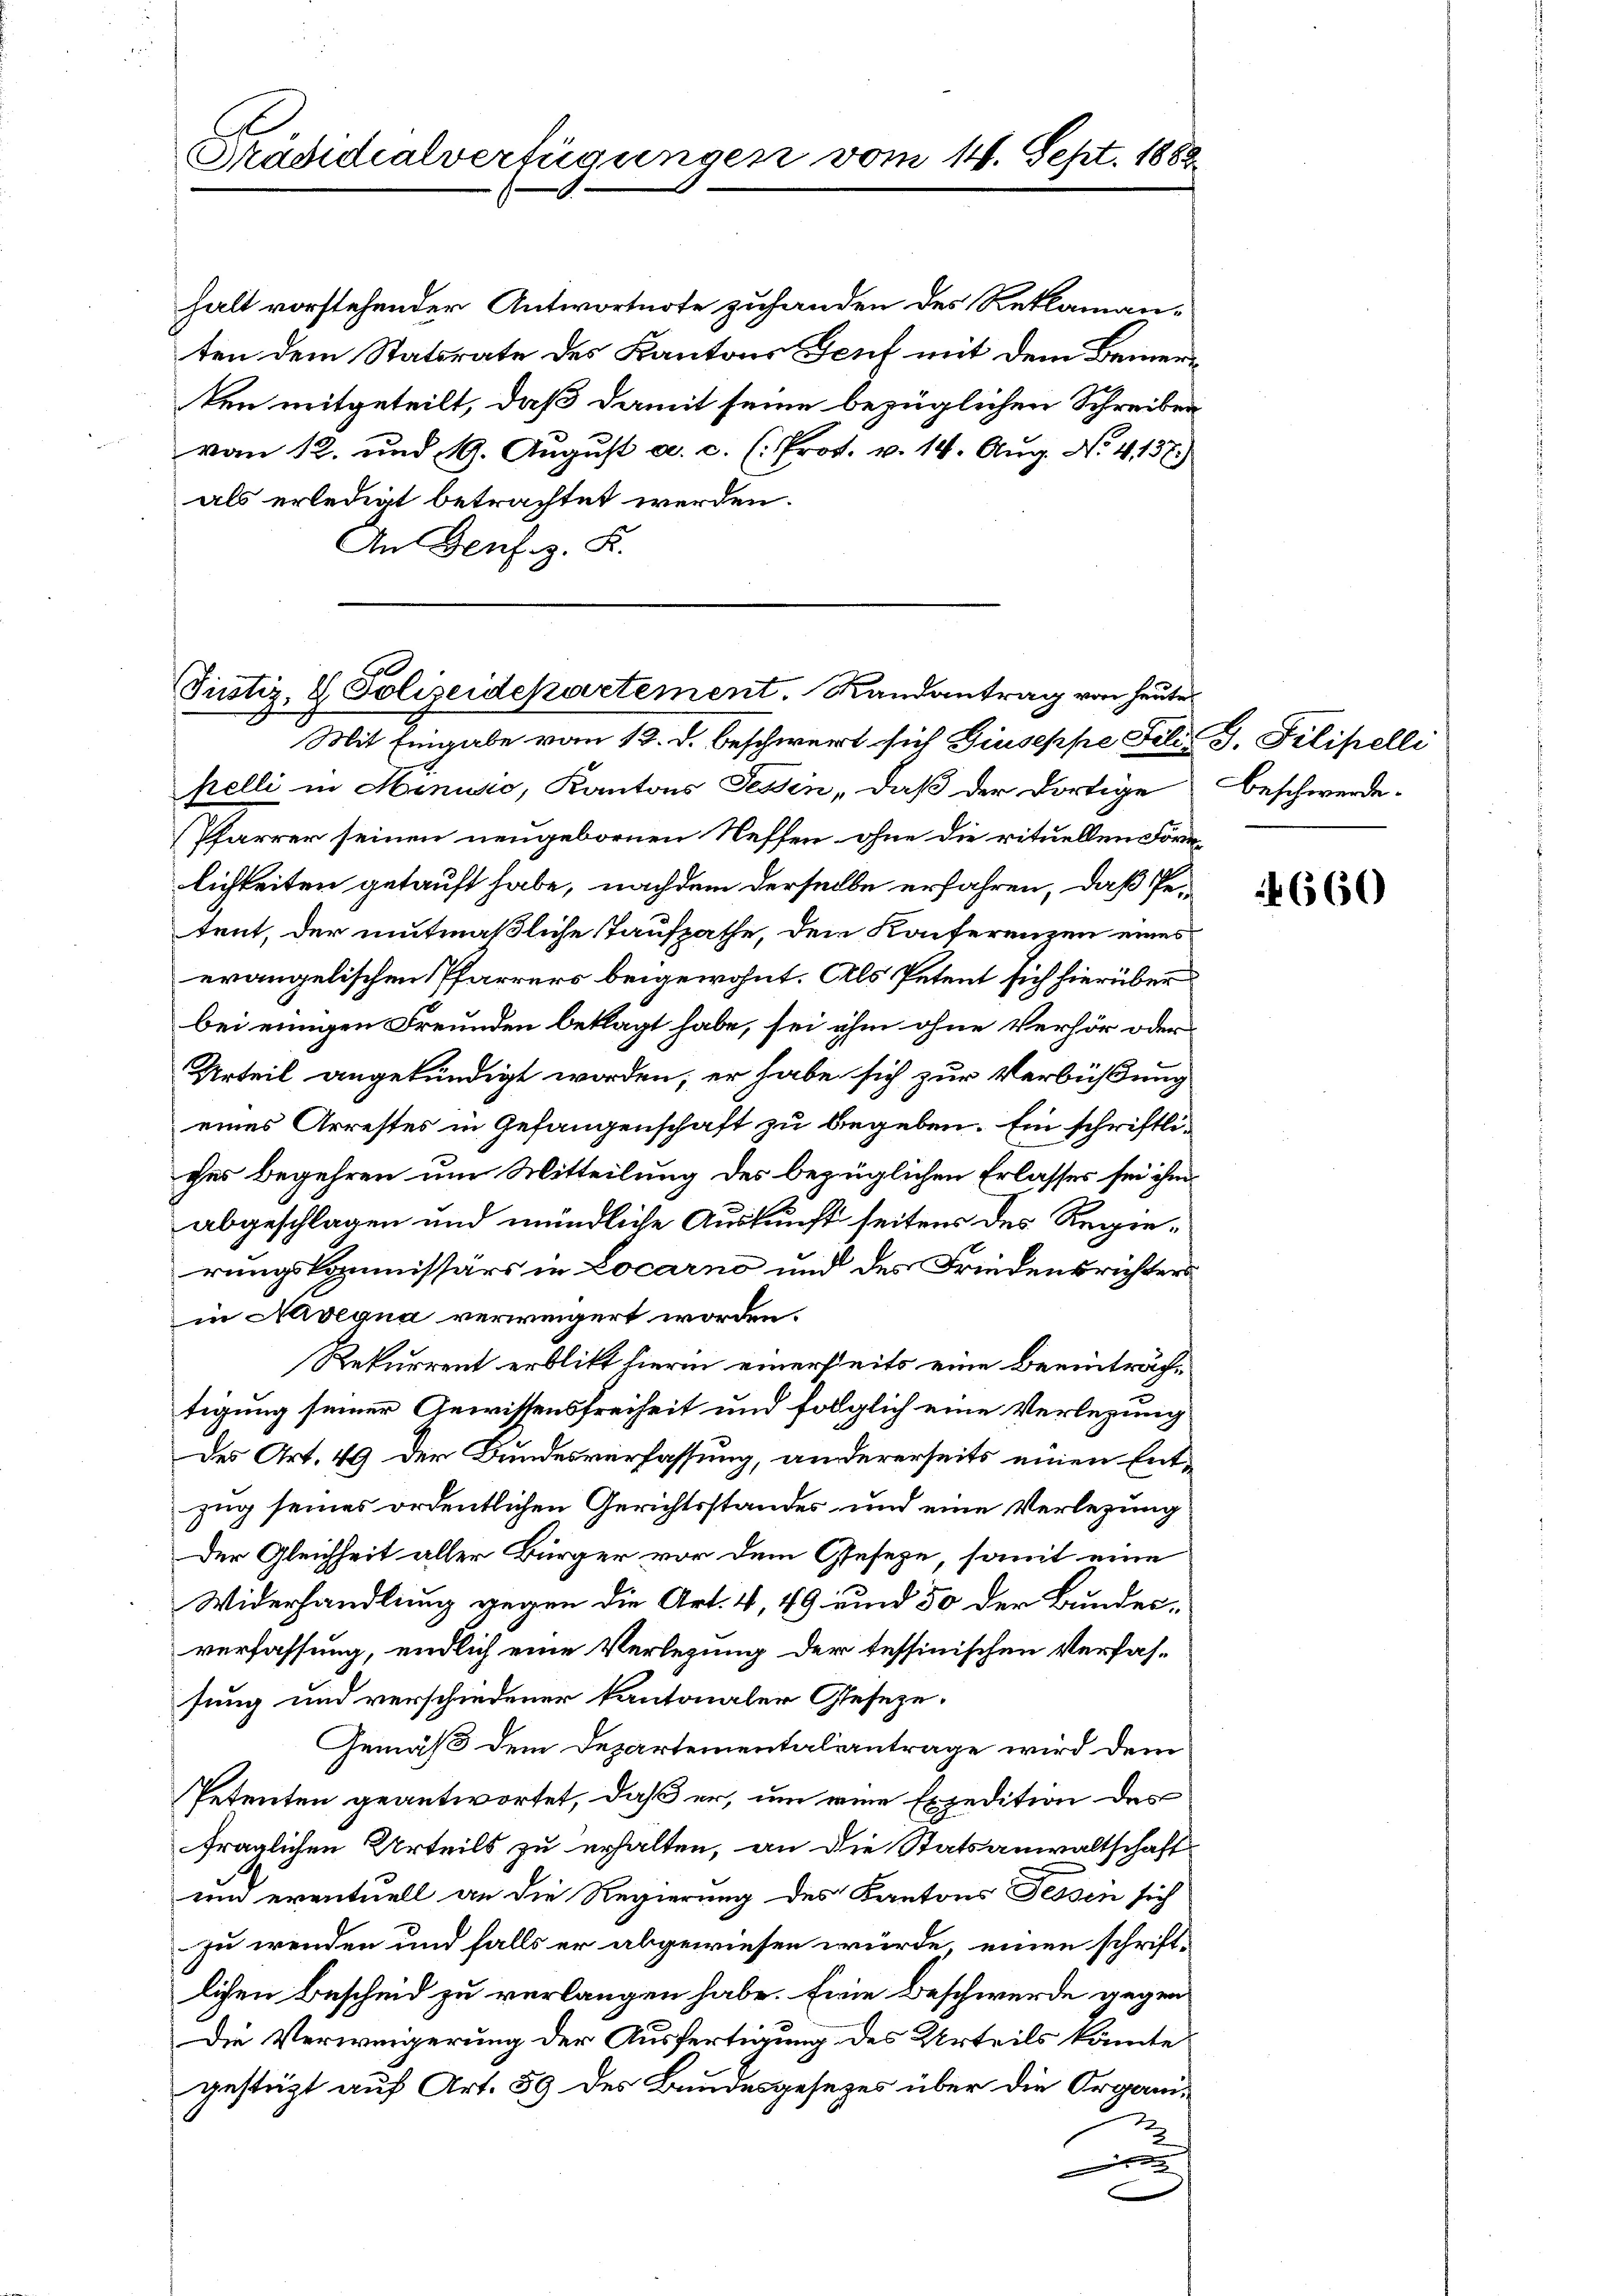
Präsidialverfügungen vom 14. Sept. 1888.

halt vorstehender Antwortnote zuhanden des Reklaman-
ten dem Statsrate des Kantons Teuf mit dem Bemerken mitgeteilt, daß damit seine bezüglichen Schreiben
vom 12. und 19. August a. c. (: Prof. v. 14. Aug. No. 4137.)
als erledigt betrachtet werden.
An Genf z. K.

Justiz & Polizeidepartement. Randantrag von heute
Mit Eingabe vom 13. d. beschwert sich Giuseppe Fili J. Filipelli

pelli in Hinusio, Kantons Tessin, daß der dortige Beschwerde.
Pfarrer seinen neugebornen Neffen ohne die rituellen Form
lichkeiten getauft habe, nachdem derselbe erfahren, daß Petent, der mitmaßliche Taufpathe, den Konferenzen eines
evangelischen Pfarrers beigewohnt. Als Petent sich hierüber
bei einigen Freunden beklagt habe, sei ihm ohne Verhör oder
Urteil angekündigt worden, er habe sich zur Verbüßung
eines Arrestes in Gefangenschaft zu begeben. Ein schriftli-
ches Begehren um Mitteilung des bezüglichen Erlasses sei ihm
abgeschlagen und mündliche Auskunft seitens des Regierungskommissärs in Locarno und des Friedensrichters
in Navegua verweigert worden.
Rekurrent erblitt hierin einerseits eine Beeinträchtigung seiner Gewissensfreiheit und folglich eine Verlegung
des Art. 49 der Bundesverfassung, andererseits einen Entzug seines ordentlichen Gerichtsstandes und eine Verlegung
Der Gleichheit aller Bürger vor dem Geseze, somit eine
Widerhandlung gegen die Art. 4, 49 und 50 der Bundes-
verfassung, endlich eine Verlegung der tessinischen Verfassung und verschiedener kantonaler Geseze,
Gemäß dem Departementaliantrage wird dem
Petenten geantwortet, daß er, um eine Expedition des
fraglichen Urteils zu erhalten, an die Statsanwaltschaft
und eventuell an die Regierung des Kantons Tessin sich
zu wenden und falls er abgewiesen würde, einen schriftlichen Bescheid zu verlangen habe. Eine Beschwerde gegen
Die Verweigerung der Ausfertigung des Urteils könnte
gestüzt auf Art. 59 des Bundesgesezes über die Organi¬
2

n

660